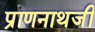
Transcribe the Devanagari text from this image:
प्राणनाथजी